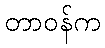
တာဝန်က